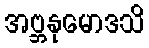
အဗ္ဘနုမောဒသိ